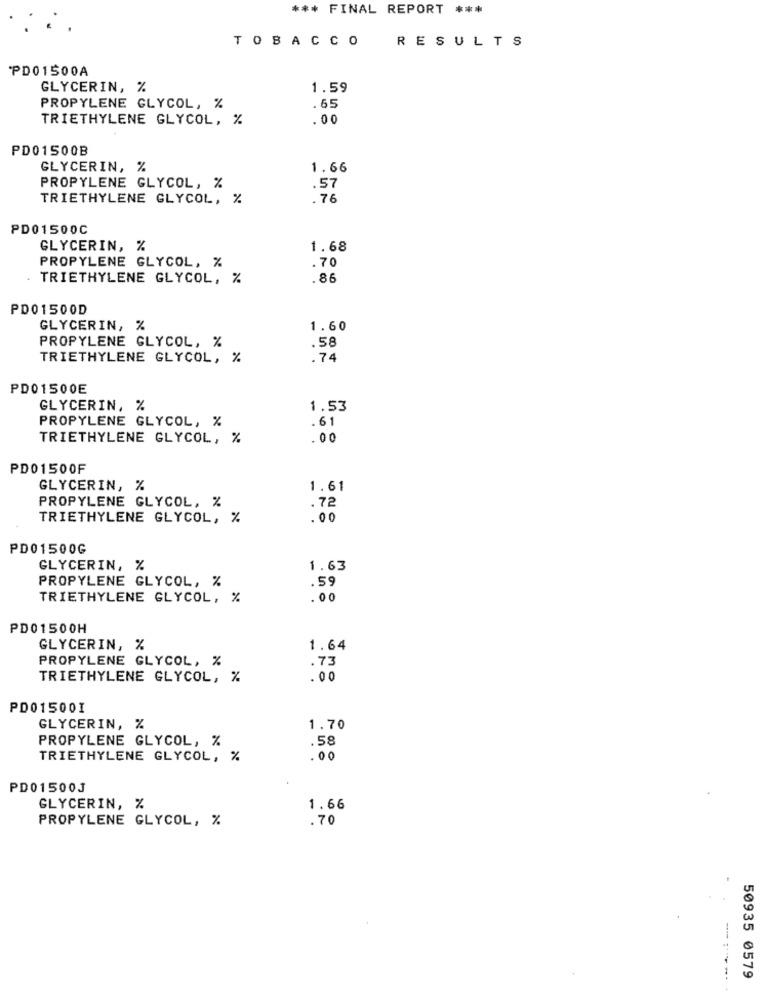
*** FINAL REPORT ***
TOBACCO
RESULTS
PD01500A
GLYCERIN, %
1.59
PROPYLENE GLYCOL, %
.65
TRIETHYLENE GLYCOL, %
.00
PD01500B
GLYCERIN, %
1.66
PROPYLENE GLYCOL, %
.57
TRIETHYLENE GLYCOL, %
.76
PD01500C
GLYCERIN, %
1.68
PROPYLENE GLYCOL, %
.70
. TRIETHYLENE GLYCOL, %
.86
PD01500D
GLYCERIN, %
1.60
PROPYLENE GLYCOL, %
.58
TRIETHYLENE GLYCOL, %
.74
PD01500E
GLYCERIN, %
1.53
PROPYLENE GLYCOL, %
.61
TRIETHYLENE GLYCOL, %
.00
PD01500F
GLYCERIN, %
1.61
PROPYLENE GLYCOL, %
. 72
TRIETHYLENE GLYCOL, %
PD01500G
GLYCERIN, %
1.63
PROPYLENE GLYCOL, %
.59
TRIETHYLENE GLYCOL, %
.00
PD01500H
GLYCERIN, %
1.64
PROPYLENE GLYCOL, %
.73
TRIETHYLENE GLYCOL, %
.00
PD01500I
GLYCERIN, %
1.70
PROPYLENE GLYCOL, %
.58
TRIETHYLENE GLYCOL, %
.00
PD01500J
GLYCERIN, %
1.66
PROPYLENE GLYCOL, %
.70
50935 0579